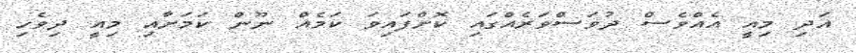
އަދި މިއީ އެއްވެސް ދުވަސްވަރެއްގައި ކޮށްފައިވަ ކަމެއް ނޫން ކަމަށާއި މިއީ ދިވެހި